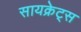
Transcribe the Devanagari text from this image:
सायक्रेट्स